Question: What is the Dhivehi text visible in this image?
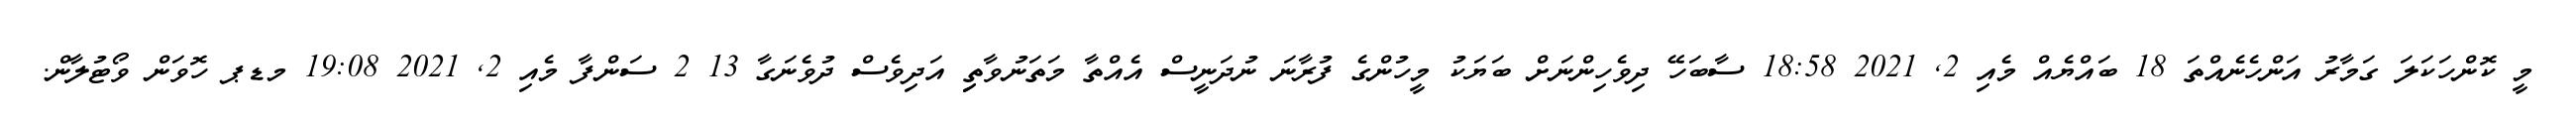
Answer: މީ ކޮންހަކަލަ ގަމާރު އަންހެނެއްތަ 18 ބައްޔެއް މެއި 2, 2021 18:58 ސާބަހޭ ދިވެހިންނަށް ބަޔަކު މީހުންގެ ފުރާނަ ނުދަނީސް އެއްތާ މަތަނުވާތިި އަދިވެސް ދުވެނަގާ 13 2 ސަންފާ މެއި 2, 2021 19:08 މޑޕ ހޮވަން ވޯޓުލާން.